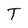
Character: T